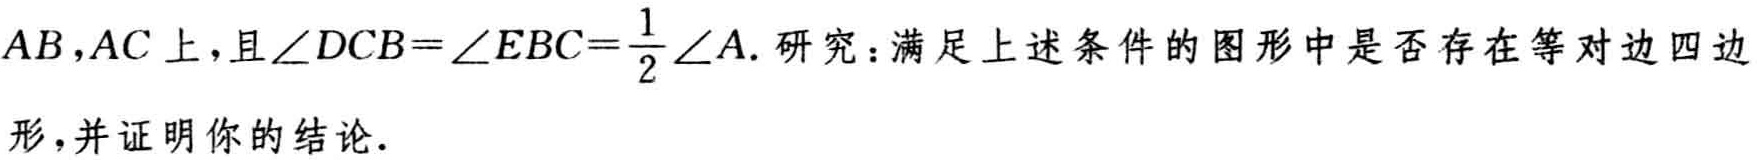
$AB,AC$上，且$\angle DCB = \angle EBC=\frac{1}{2}\angle A$. 研究：满足上述条件的图形中是否存在等对边四边形，并证明你的结论.